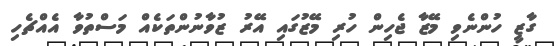
ގާޒީ ހުންނެވި މޭޒާ ޖެހިން ހުރި މޭޒުގައި އޭރު ޒުވާނުންތަކެއް މަސްތުވާ އެއްޗެހި